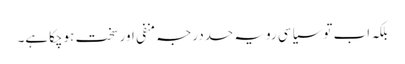
بلکہ اب توسیاسی رویہ حددرجہ منفی اورسخت ہوچکاہے۔